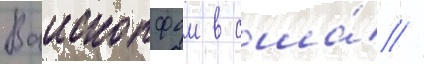
Ваископфом в сша́ //